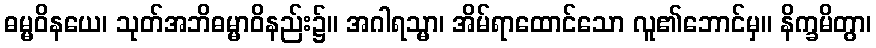
ဓမ္မဝိနယေ၊ သုတ်အဘိဓမ္မာဝိနည်း၌။ အဂါရသ္မာ၊ အိမ်ရာထောင်သော လူ၏ဘောင်မှ။ နိက္ခမိတွာ၊